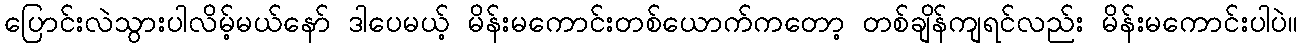
ပြောင်းလဲသွားပါလိမ့်မယ်နော် ဒါပေမယ့် မိန်းမကောင်းတစ်ယောက်ကတော့ တစ်ချိန်ကျရင်လည်း မိန်းမကောင်းပါပဲ။